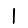
Digit: 1